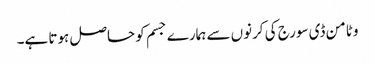
وٹامن ڈی سورج کی کرنوں سے ہمارے جسم کو حاصل ہوتا ہے۔